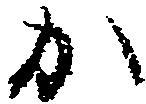
か